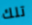
تلك